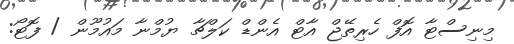
މިނިސްޓާ އޮފް ހެރިތޭޖް އާޓް އެންޑް ކަލްޗާ ޔުމްނާ މައުމޫން / ފޮޓޯ: